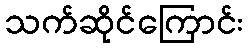
သက်ဆိုင်ကြောင်း